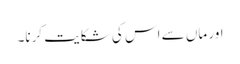
اور ماں سے اس کی شکایت کرنا۔